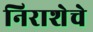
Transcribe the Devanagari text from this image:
निराशेचे